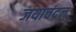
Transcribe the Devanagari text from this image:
जयाचंद्रन